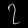
Digit: ၇